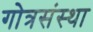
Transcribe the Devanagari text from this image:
गोत्रसंस्था